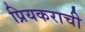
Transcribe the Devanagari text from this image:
प्रियकराची